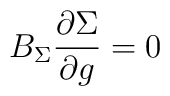
B_\Sigma \frac{\partial \Sigma }{\partial g}=0